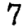
Digit: 7